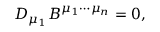
D _ { \mu _ { 1 } } B ^ { \mu _ { 1 } \cdots \mu _ { n } } = 0 ,